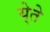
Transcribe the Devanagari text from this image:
ये्ते